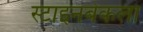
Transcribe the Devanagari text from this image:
स्टाइनबेकला